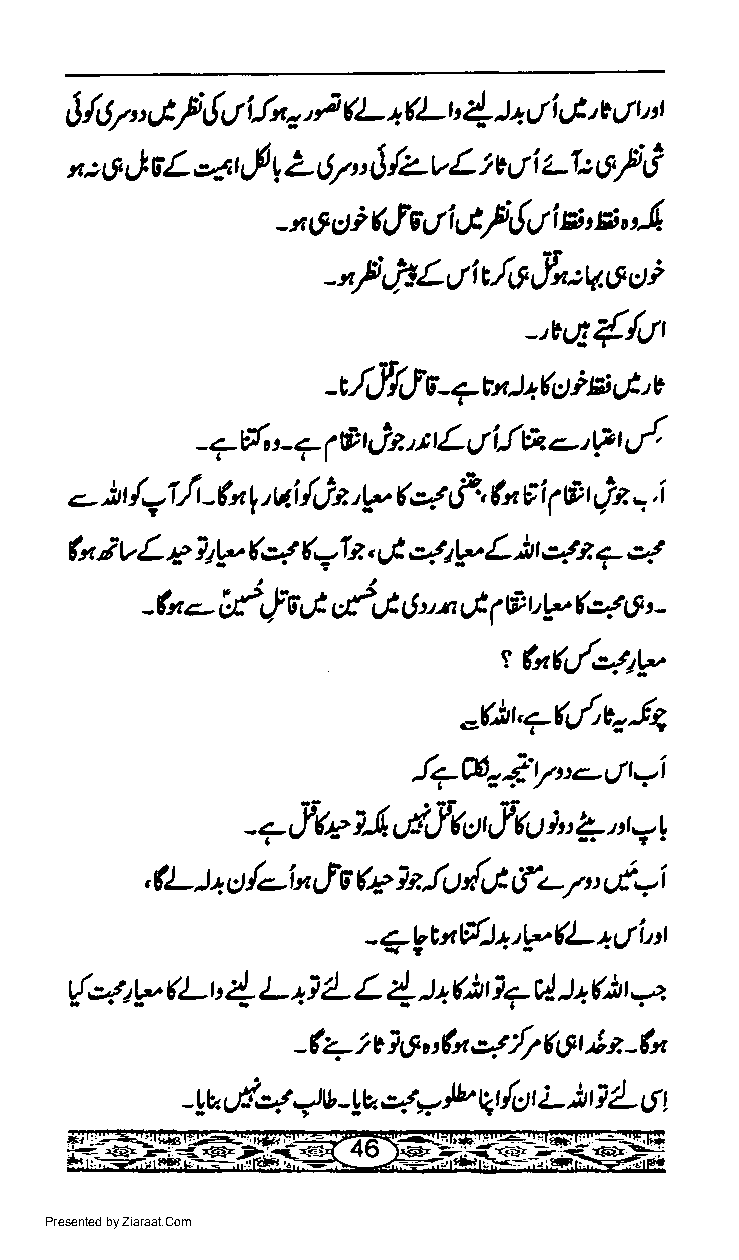
i
 JLh"Gy'{tt  i!"o'  (L *(Lt 4 t+gt i g!* ul,'l
 *:s JeL aqi   L 6v'  lzvL  tvsri z-1: 6/ G
 g      $
 - n e o i 4f s t i Lty'&/ i E' E "'-l
 -nf ,,hLJft/*rfn:q.6di
 -.'t,.t{/L/r
 ftt
 -c,r,I/rl s - + rn l+ ttte t., v
 jt,
 t L   i!& 4,t? uf,
 - 7r/,, - 7 & t I tr        |
 1                j
 ljt,tr *
 .- )r /-1 lr -tu r,, u.i ( F, tu F i rF r z -.i
 1
 fu iv L c LV (4 (=1t, ;t,,2fit1-L)| ett ? 4
 ff
 -(".-   ,] fiJ,tG g u n,J @ t,ta. 44 6 t -
 1
 t fuL./'ztir
 _fir7e[cr-(4,
 !q6rtiVt'-gr-i
 7 Jte ztr'-rr'ftut,fru ),, 1,t ay
 -
 , (L ) + ct /-i* cf s (e iz il dtJ tfz- r vt i
 "
 -qyEx{)+.'/(L+t/i't
 {+'g  u-t' 1 t- ai L L ! pfitl7cl )+tr)'n
 -(+ttl6ufu4:,(Ot'lz-fu
 -yac t4 4v -yl.lt)a 14 /r:t r L ) t i /- 6 t
 Presented by Ziaraat.Com